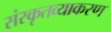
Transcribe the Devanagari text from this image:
संस्कृतव्याकरण